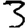
Digit: 3